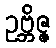
ဥဗ္ဘိဇ္ဇ